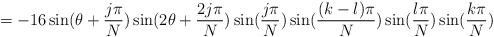
LaTeX: \begin{align*}=-16\sin(\theta+\frac{j\pi}{N})\sin(2\theta+\frac{2j\pi}{N})\sin(\frac{j\pi}{N})\sin(\frac{ (k-l)\pi}{N})\sin(\frac{ l\pi}{N})\sin(\frac{ k\pi}{N})\end{align*}